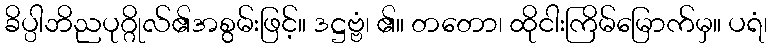
ခိပ္ပါဘိညပုဂ္ဂိုလ်၏အစွမ်းဖြင့်။ ဒဋ္ဌဗ္ဗံ၊ ၏။ တတော၊ ထိုငါးကြိမ်မြောက်မှ။ ပရံ၊